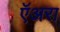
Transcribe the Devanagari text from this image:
ऍअरा